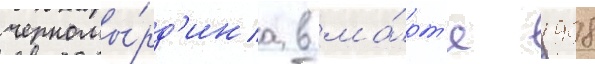
черномы́рд'ина в ма́рт'е 1998